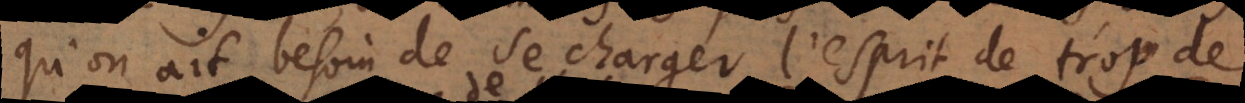
qu’on ait besoin de se charger l’esprit de trop de